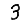
Digit: 3